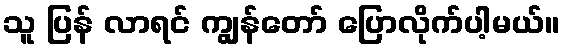
သူ ပြန် လာရင် ကျွန်တော် ပြောလိုက်ပါ့မယ်။